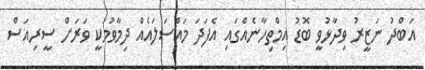
އަބްދު ނަޒީރު ވިދާޅުވީ ބޮޑު އިމްތިހާނެއްގައި އެފަދަ މައްސަލައެއް ދިމާވުމަކީ ވަރަށް ސީރިއަސް